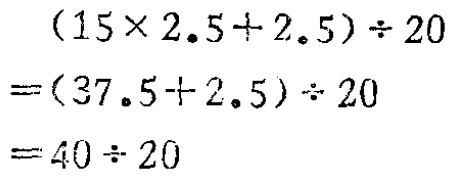
\[
\begin{align*}
&(15\times2.5 + 2.5)\div20\\
=&(37.5 + 2.5)\div20\\
=&40\div20
\end{align*}
\]